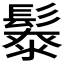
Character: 𩮥